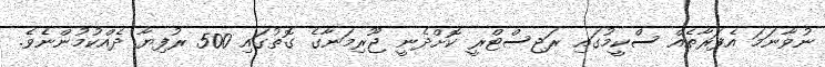
ނުވާނަމަ އެފަރާތެއް ސްކީމުގައި ރަޖިސްޓްރީ ކޮށްދެނީ ޖޫރިމަނާގެ ގޮތުގައި 500 ރުފިޔާ ދެއްކުމުންނެެވެ.